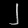
Digit: ၂